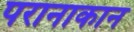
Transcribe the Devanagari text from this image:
परानाकान